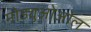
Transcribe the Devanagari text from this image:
मोड्युओओल